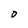
Character: O